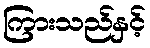
ကြားသည်နှင့်